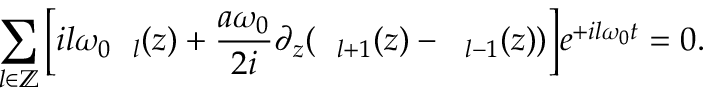
\sum _ { l \in \mathbb { Z } } \bigg [ i l \omega _ { 0 } \textit { \xi } _ { l } ( z ) + \frac { a \omega _ { 0 } } { 2 i } \partial _ { z } ( \textit { \xi } _ { l + 1 } ( z ) - \textit { \xi } _ { l - 1 } ( z ) ) \bigg ] e ^ { + i l \omega _ { 0 } t } = 0 .